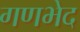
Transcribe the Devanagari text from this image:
गणभेद